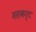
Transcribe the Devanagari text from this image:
मसकर्ट